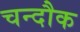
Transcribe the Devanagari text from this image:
चन्दौक